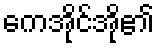
ကေအိုင်အို၏